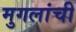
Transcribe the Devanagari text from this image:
मुगलांची